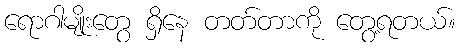
ရောဂါမျိုးတွေ ရှိနေ တတ်တာကို တွေ့ရတယ်။